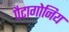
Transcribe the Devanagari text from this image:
पैटागोनिय